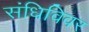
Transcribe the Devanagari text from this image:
संधिविवर